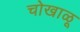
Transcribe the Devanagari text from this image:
चोखाळू